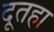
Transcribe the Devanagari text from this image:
दूतहा